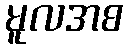
မူလအစ